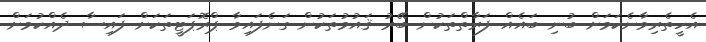
އެހީތެރިވާނެކަމަށް ބުނި ބައެއް ފަރާތްތަކުން ބޭރު ޤައުމުތަކުން ގަނެފައިވާ ޕްރޮޕަޓީތަކަށް ފައިސާ ދެއްކުމަށް